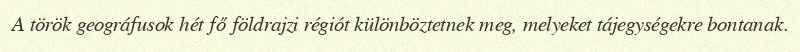
A török geográfusok hét fő földrajzi régiót különböztetnek meg, melyeket tájegységekre bontanak.